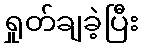
ရှုတ်ချခဲ့ပြီး